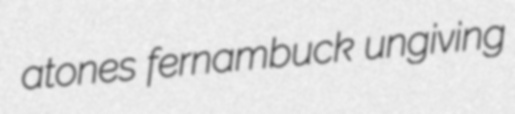
atones fernambuck ungiving